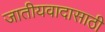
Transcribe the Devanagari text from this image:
जातीयवादासाठी